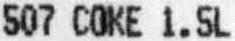
507 COKE 1.5L